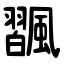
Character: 飁